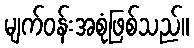
မျက်ဝန်းအစုံဖြစ်သည်။